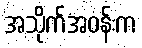
အသိုက်အဝန်းက